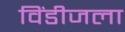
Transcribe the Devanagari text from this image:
विंडीजला